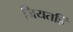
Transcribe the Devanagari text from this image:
जियतहिं